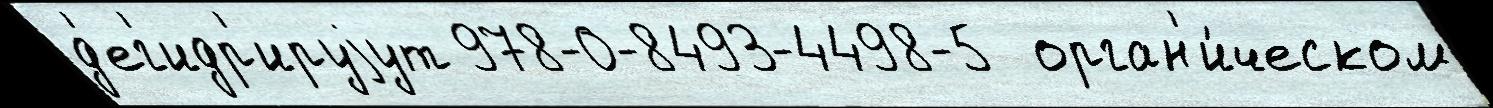
д'ег'идр'ируjут 978-0-8493-4498-5  орган'и́ческом